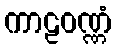
ကာဠဝဏ္ဏံ